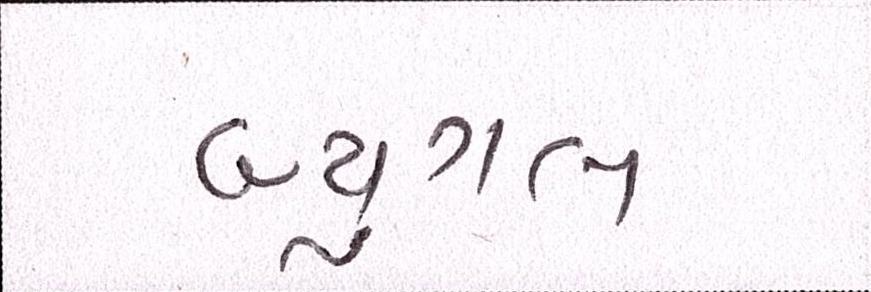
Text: બ્યુગલ